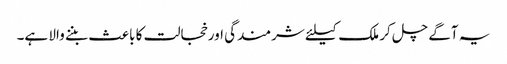
یہ آگے چل کر ملک کیلئے شرمندگی اور خجالت کا باعث بننے والا ہے۔